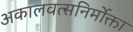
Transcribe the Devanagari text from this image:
अकालवत्सनिर्मोक्ता